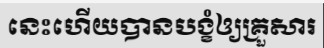
នេះហើយបានបង្ខំឲ្យគ្រួសារ